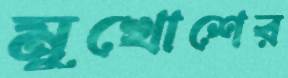
মুখোশের